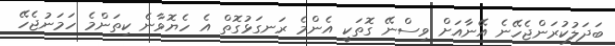
ބަދަލުކުރަންޖެހޭނެ އޭނާއަށް ވިސްނޭ ގޮތަކީ އެންމެ ރަނގަޅުގޮތް އެ ހެޔޮވާނެ ކިތަންމެ ހަމަނުޖެހޭ